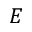
E